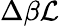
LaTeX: \Delta\beta\mathcal{L}